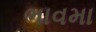
ભાવમા